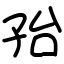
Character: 孡